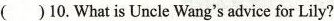
( )10. What is Uncle Wang's advice for Lily?